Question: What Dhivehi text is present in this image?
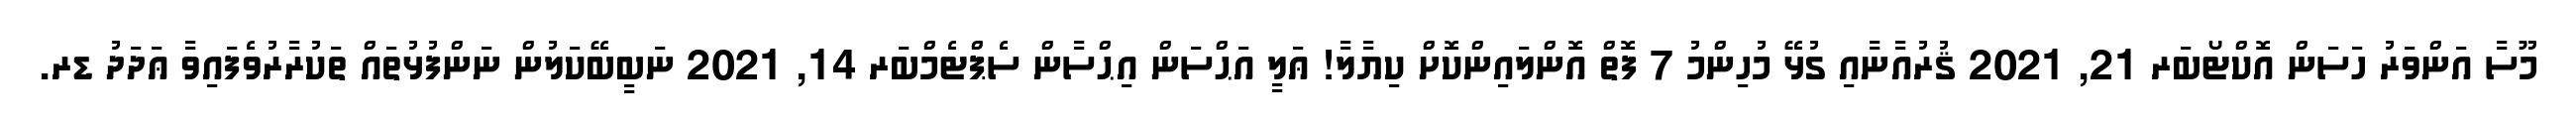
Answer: މޫސާ އަންވަރު ހަސަން އޮކްޓޯބަރ 21, 2021 ޤުރުއާނާއި ގުޅޭ މުހިންމު 7 ފޮތް އޮންލައިންކޮށް ކިޔާލާ! ޢަލީ އަޙްސަން އިޙްސާން ސެޕްޓެމްބަރ 14, 2021 ނަބީބޭކަލުން ނަންފުޅުތައް ތަކުރާރުވެފައިވާ ޢަދަދު ޑރ.